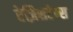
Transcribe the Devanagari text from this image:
रेज़िसटेन्स